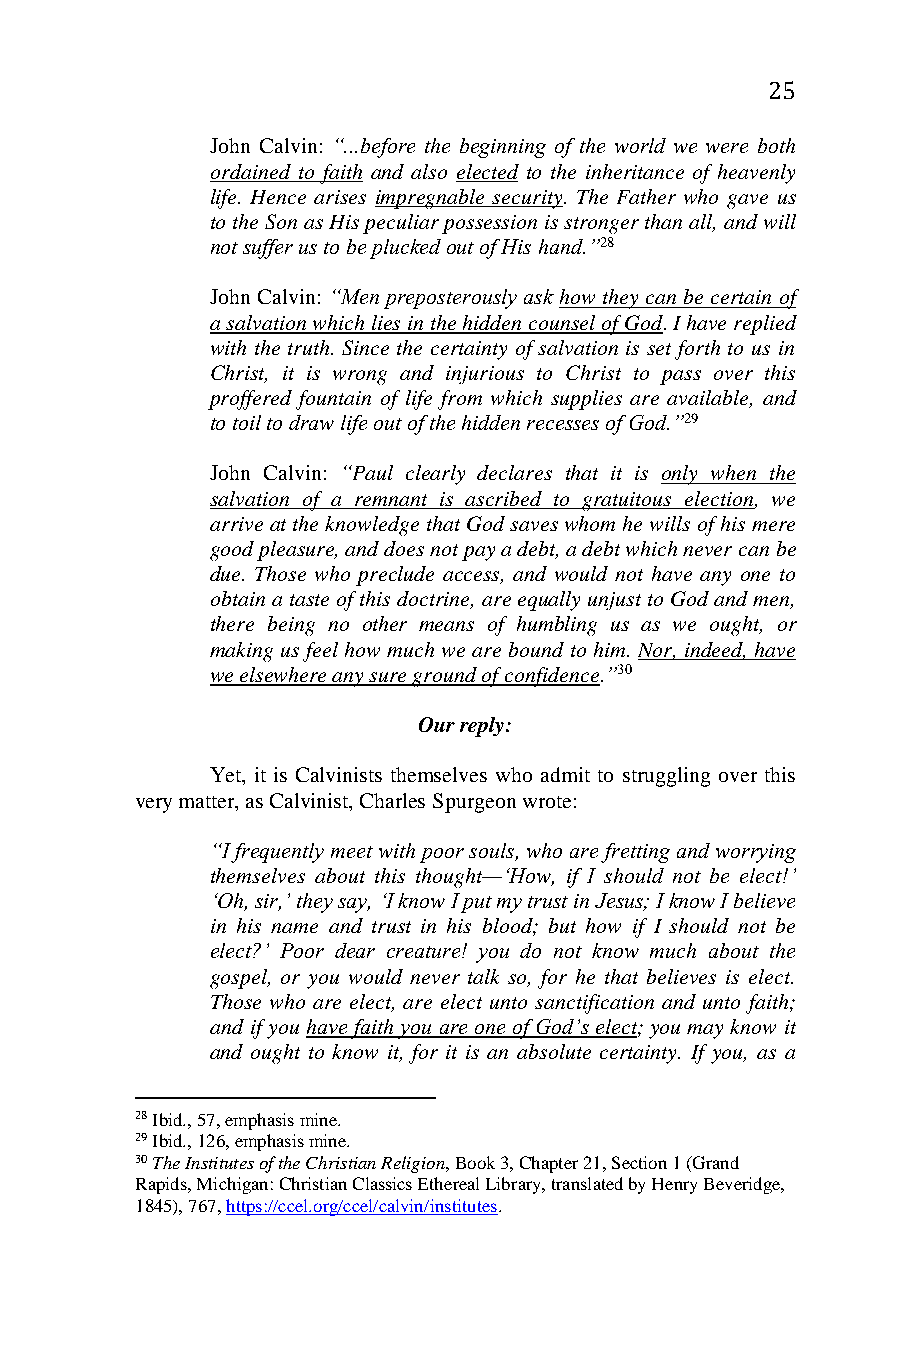
25
 John Calvin: “...before the beginning of the world we were both
 ordained to faith and also elected to the inheritance of heavenly
 life. Hence arises impregnable security. The Father who gave us
 to the Son as His peculiar possession is stronger than all, and will
 not suffer us to be plucked out of His hand.”28
 John Calvin: “Men preposterously ask how they can be certain of
 a salvation which lies in the hidden counsel of God. I have replied
 with the truth. Since the certainty of salvation is set forth to us in
 Christ, it is wrong and injurious to Christ to pass over this
 proffered fountain of life from which supplies are available, and
 to toil to draw life out of the hidden recesses of God.”29
 John Calvin: “Paul clearly declares that it is only when the
 salvation of a remnant is ascribed to gratuitous election, we
 arrive at the knowledge that God saves whom he wills of his mere
 good pleasure, and does not pay a debt, a debt which never can be
 due. Those who preclude access, and would not have any one to
 obtain a taste of this doctrine, are equally unjust to God and men,
 there being no other means of humbling us as we ought, or
 making us feel how much we are bound to him. Nor, indeed, have
 we elsewhere any sure ground of confidence.”30
 Our reply:
 Yet, it is Calvinists themselves who admit to struggling over this
 very matter, as Calvinist, Charles Spurgeon wrote:
 “I frequently meet with poor souls, who are fretting and worrying
 themselves about this thought—‘How, if I should not be elect!’
 ‘Oh, sir,’ they say, ‘I know I put my trust in Jesus; I know I believe
 in his name and trust in his blood; but how if I should not be
 elect?’ Poor dear creature! you do not know much about the
 gospel, or you would never talk so, for he that believes is elect.
 Those who are elect, are elect unto sanctification and unto faith;
 and if you have faith you are one of God’s elect; you may know it
 and ought to know it, for it is an absolute certainty. If you, as a
 28 Ibid., 57, emphasis mine.
 29 Ibid., 126, emphasis mine.
 30 The Institutes of the Christian Religion, Book 3, Chapter 21, Section 1 (Grand
 Rapids, Michigan: Christian Classics Ethereal Library, translated by Henry Beveridge,
 1845), 767, https://ccel.org/ccel/calvin/institutes.